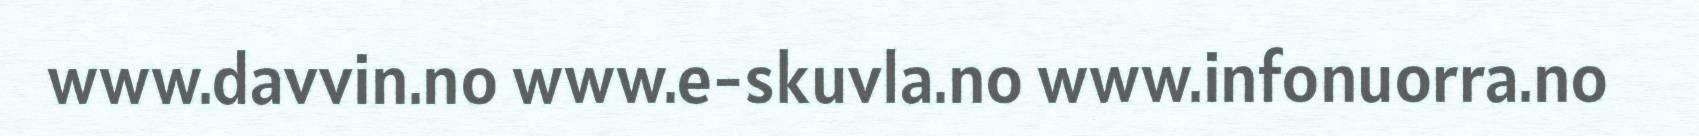
www.davvin.no www.e-skuvla.no www.infonuorra.no